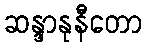
ဆန္ဒာနုနီတော